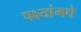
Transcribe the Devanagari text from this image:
पक्ष्यांमधे